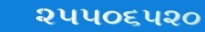
૨૫૫૦૬૫૨૦